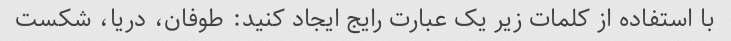
با استفاده از کلمات زیر یک عبارت رایج ایجاد کنید: طوفان، دریا، شکست